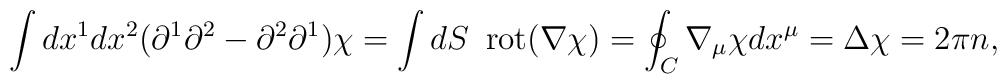
\int dx^1 dx^2 ( \partial^1 \partial^2 -\partial^2 \partial^1 ) \chi = \int dS \enspace \mbox{rot} (\nabla \chi) = \oint_{C} \nabla_{\mu}\chi dx^{\mu}= \Delta \chi = 2\pi n,